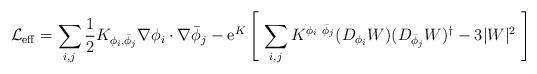
LaTeX: \begin{align*}{\cal L}_{\rm eff} =\sum_{i,j} {1\over 2} K_{\phi_i,{\bar\phi}_j}\nabla \phi_i\cdot \nabla{\bar\phi}_j - {\rm e}^K \left[\ \sum_{i,j } K^{\phi_i\ {\bar\phi}_j}(D_{\phi_i} W)(D_{{\bar\phi}_j} W)^{\dag} - 3 |W|^2\ \right]\end{align*}